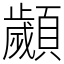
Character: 顪